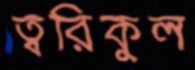
ত্বরিকুল